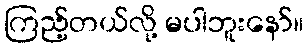
ကြည့်တယ်လို့ မပါဘူးနော်။